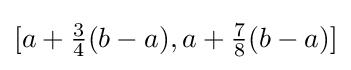
[a+{\tfrac {3}{4}}(b-a),a+{\tfrac {7}{8}}(b-a)]